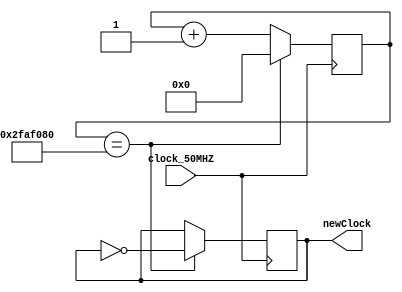

/*

@t4rcisio
2021
BR

*/

module divClock(clock_50MHZ,newClock);

//ENTRADAS E SAIDAS
input clock_50MHZ;
output newClock;


//VARIAVEIS AUXILIARES
reg [30:0]clock_time;
reg [30:0] counter;  
reg newClock_aux; 

//INICIALIZARAO DAS VARIAVEIS
initial counter = 0;
initial newClock_aux = 0;
initial clock_time = 26'h2FAF080; 

//SAIDA
assign newClock = newClock_aux;


always @(negedge clock_50MHZ )
	begin
		if(counter == clock_time) 
			begin
				counter = 0; 
				newClock_aux = !newClock_aux;
			end
		else
			begin
				counter = counter+1; 
			end
	end
endmodule